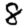
Digit: 8